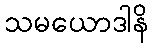
သမယောဒါနိ